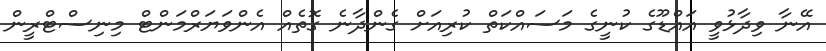
އޭނާ ވިދާޅުވީ އައްޑޫގެ ކުނީގެ މަސައްކަތް ކުރިއަށް ގެންދާނެ ގޮތެއް އެންވަޔަރްމަންޓް މިނިސްޓްރީން